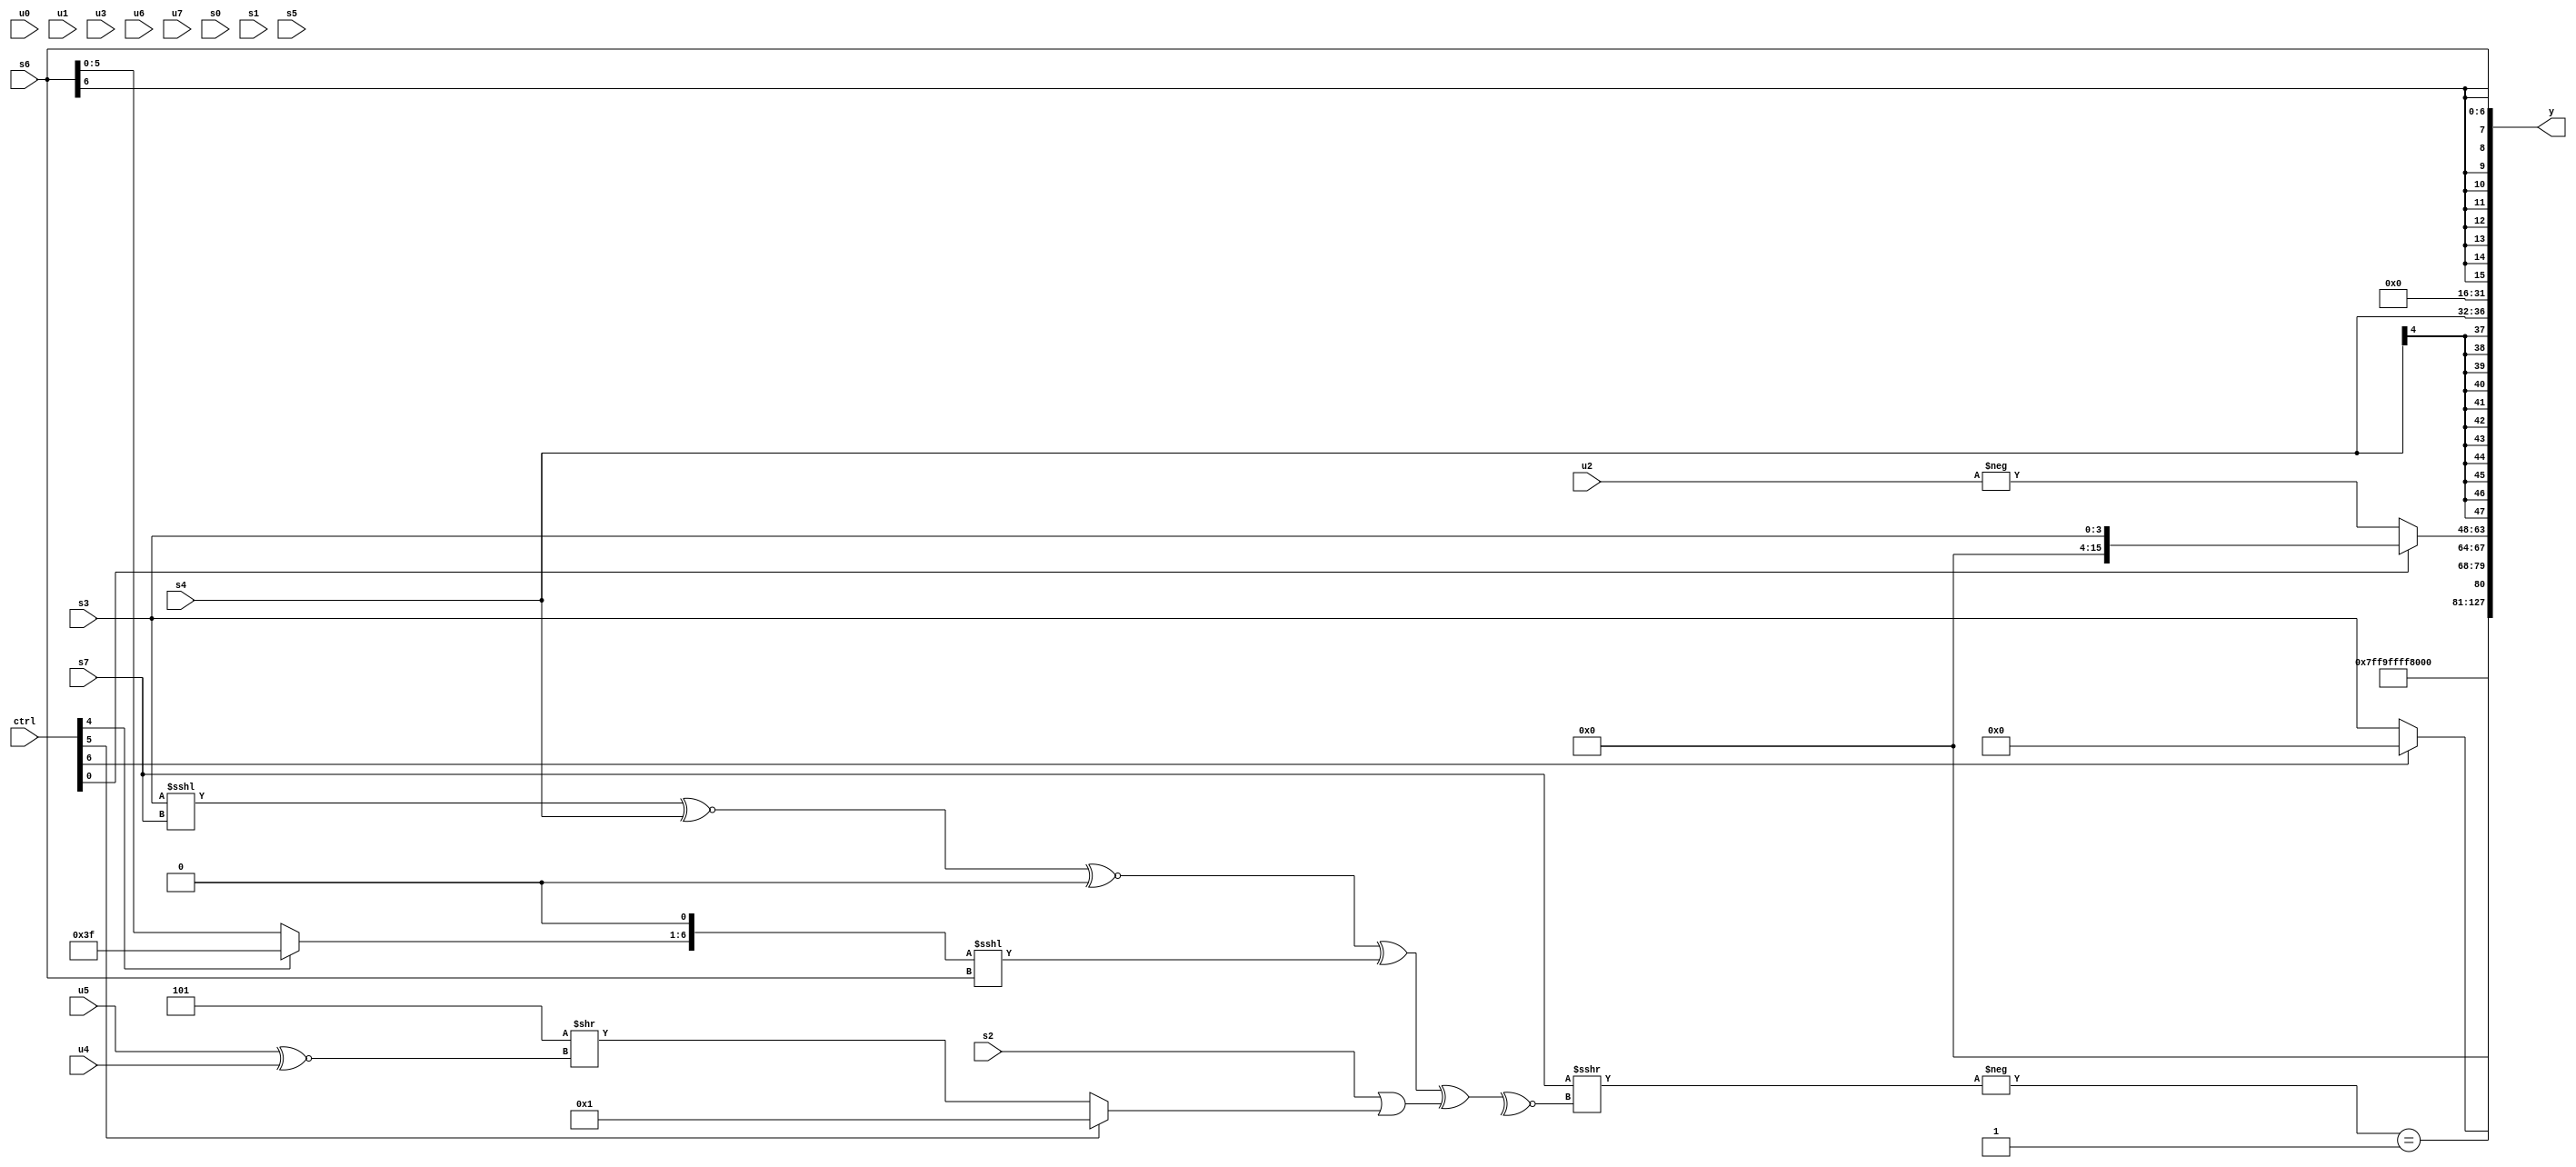
module wideexpr_00422(ctrl, u0, u1, u2, u3, u4, u5, u6, u7, s0, s1, s2, s3, s4, s5, s6, s7, y);
  input [7:0] ctrl;
  input [0:0] u0;
  input [1:0] u1;
  input [2:0] u2;
  input [3:0] u3;
  input [4:0] u4;
  input [5:0] u5;
  input [6:0] u6;
  input [7:0] u7;
  input signed [0:0] s0;
  input signed [1:0] s1;
  input signed [2:0] s2;
  input signed [3:0] s3;
  input signed [4:0] s4;
  input signed [5:0] s5;
  input signed [6:0] s6;
  input signed [7:0] s7;
  output [127:0] y;
  wire [15:0] y0;
  wire [15:0] y1;
  wire [15:0] y2;
  wire [15:0] y3;
  wire [15:0] y4;
  wire [15:0] y5;
  wire [15:0] y6;
  wire [15:0] y7;
  assign y = {y0,y1,y2,y3,y4,y5,y6,y7};
  assign y0 = 5'sb10011;
  assign y1 = -(+((2'sb10)!=((((s6)<<<(s2))^(s2))<<($signed({3{2'sb10}})))));
  assign y2 = (-((s7)>>>(~^((((((s3)<<<(s7))^~(s4))^~((ctrl[6]?(5'sb10011)<<(4'b1000):$signed(2'sb00))))^((((ctrl[4]?2'sb11:s6))<<<(1'b1))<<<(s6)))^((s2)|((ctrl[5]?-(-(3'sb001)):(3'sb101)>>((u5)^~(u4)))))))))==(1'sb1);
  assign y3 = (ctrl[6]?((ctrl[3]?+(u5):s1))<<<(6'sb111001):s3);
  assign y4 = (ctrl[0]?s3:(ctrl[0]?$signed(s2):-(u2)));
  assign y5 = s4;
  assign y6 = (4'sb0100)==((({(6'sb100100)^~(3'sb011),(5'sb01111)&(s2)})|({3{(1'sb0)>>>(4'sb1101)}}))<=({+({s3,s2,5'b01001,5'sb11010}),$signed((ctrl[3]?5'sb00110:4'sb1101))}));
  assign y7 = s6;
endmodule